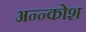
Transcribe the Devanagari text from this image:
अन्‍न्कोश